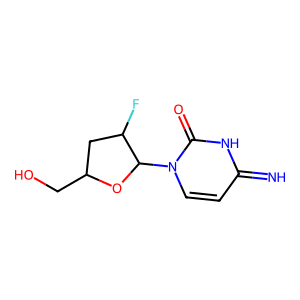
SMILES: N=c1ccn(C2OC(CO)CC2F)c(=O)[nH]1
Inhibits HIV replication: Yes